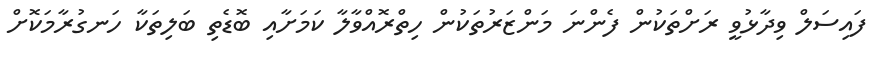
ފައިސަލް ވިދާޅުވީ ރަށްތަކުން ފެންނަ މަންޒަރުތަކުން ހިތްރޮއްވާލާ ކަމަށާއި ބޮޑެތި ބަލިތަކާ ހަނގުރާމަކޮށް